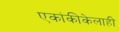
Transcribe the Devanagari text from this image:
एकांकीकेलाही